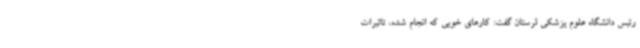
رئیس دانشگاه علوم پزشکی لرستان گفت: کارهای خوبی که انجام شده، تاثیرات